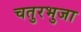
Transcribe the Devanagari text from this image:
चतुरभुजा